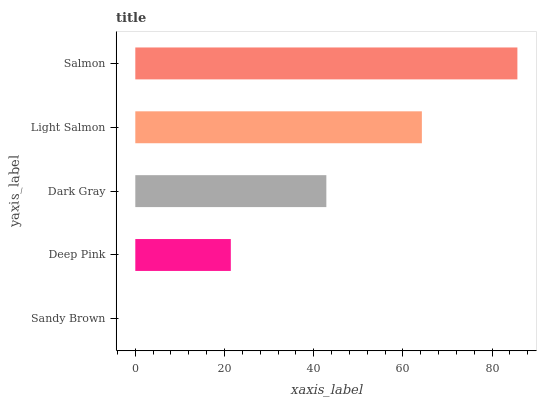
| yaxis_label | bars |
 | --- | --- |
 | Sandy Brown | 0 |
 | Deep Pink | 21.4 |
 | Dark Gray | 42.8 |
 | Light Salmon | 64.3 |
 | Salmon | 85.7 |